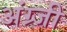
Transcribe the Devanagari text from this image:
अंग्र्जी